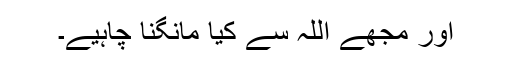
اور مجھے اللہ سے کیا مانگنا چاہیے۔